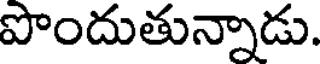
పొందుతున్నాడు.